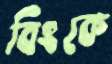
বিংকে